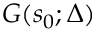
G ( s _ { 0 } ; \Delta )